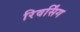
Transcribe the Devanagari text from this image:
रिवर्सिंग